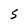
Character: S